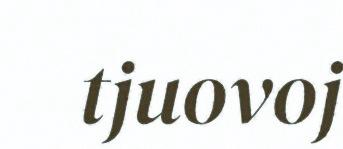
tjuovoj